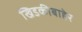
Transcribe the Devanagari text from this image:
खिडकीबाहेर